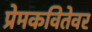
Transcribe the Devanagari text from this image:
प्रेमकवितेवर